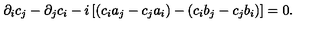
\partial _ { i } c _ { j } - \partial _ { j } c _ { i } - i \left[ ( c _ { i } a _ { j } - c _ { j } a _ { i } ) - ( c _ { i } b _ { j } - c _ { j } b _ { i } ) \right] = 0 .